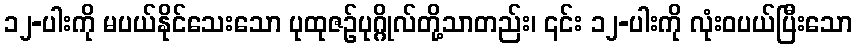
၁၂-ပါးကို မပယ်နိုင်သေးသော ပုထုဇဉ်ပုဂ္ဂိုလ်တို့သာတည်း၊ ၎င်း ၁၂-ပါးကို လုံးဝပယ်ပြီးသော